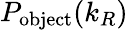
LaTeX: P_{\textrm{object}}(k_{R})